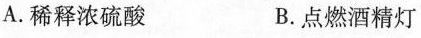
A.稀释浓硫酸 B.点燃酒精灯